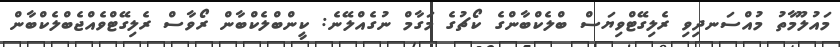
މައުލޫމާތު މުއްސަނދިވި ރެލިގޭޓްވިޔަސް ބްލެކްބާންގެ ކޯޗުގެ މަގާމް ނުގެއްލޭނެ: ކީންބްލެކްބާން ރޯވާސް ރެލިގޭޓްވެއްޖެބްލެކްބާން